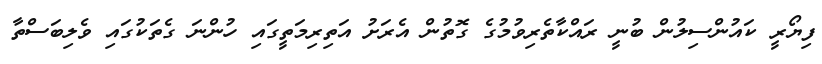
ފިޔޯރީ ކައުންސިލުން ބުނީ ރައްކާތެރިވުމުގެ ގޮތުން އެރަށު އަތިރިމަތީގައި ހުންނަ ގެތަކުގައި ވެލިބަސްތާ